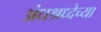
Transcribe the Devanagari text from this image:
अंधश्रध्देच्या